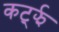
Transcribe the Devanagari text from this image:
कर्ट्झ